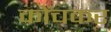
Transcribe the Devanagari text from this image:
कोंचकर